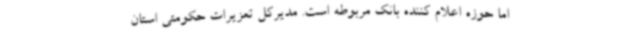
اما حوزه اعلام کننده بانک مربوطه است. مدیرکل تعزیرات حکومتی استان